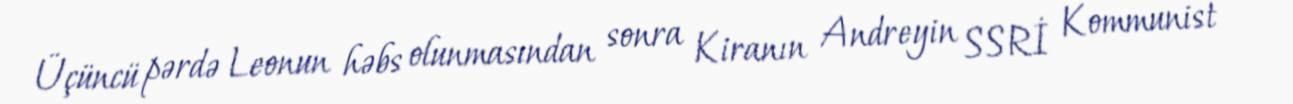
Üçüncü pərdə Leonun həbs olunmasından sonra Kiranın Andreyin SSRİ Kommunist